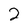
Character: 2